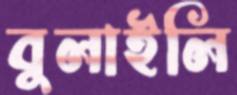
বুলাইলি